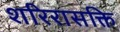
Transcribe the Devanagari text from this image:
शरिरासक्ति